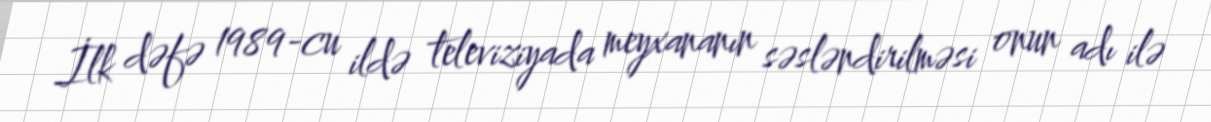
İlk dəfə 1989-cu ildə televiziyada meyxananın səsləndirilməsi onun adı ilə